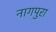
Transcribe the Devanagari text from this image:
नागपुरा